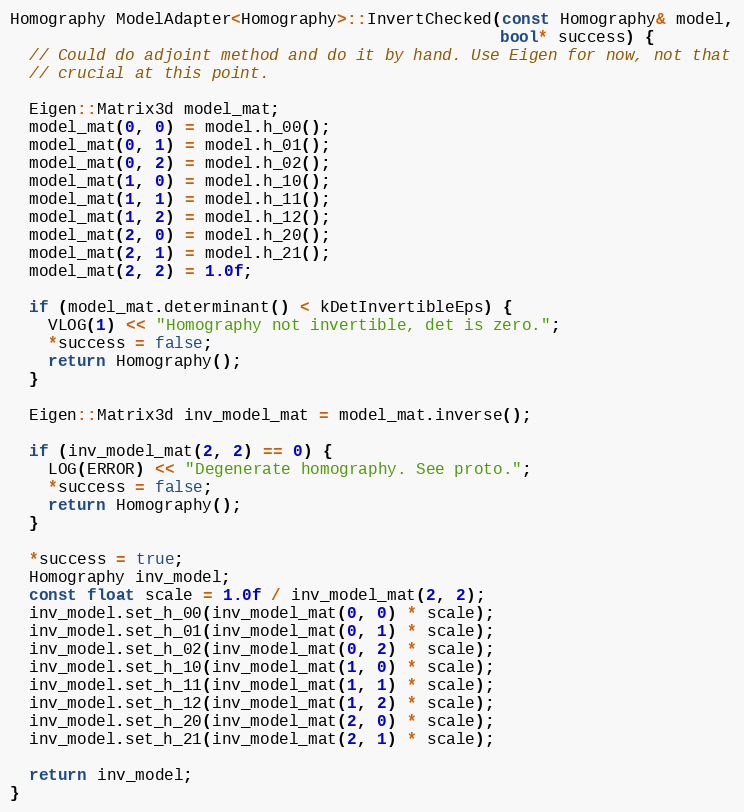
Language: C++
Homography ModelAdapter<Homography>::InvertChecked(const Homography& model,
                                                   bool* success) {
  // Could do adjoint method and do it by hand. Use Eigen for now, not that
  // crucial at this point.

  Eigen::Matrix3d model_mat;
  model_mat(0, 0) = model.h_00();
  model_mat(0, 1) = model.h_01();
  model_mat(0, 2) = model.h_02();
  model_mat(1, 0) = model.h_10();
  model_mat(1, 1) = model.h_11();
  model_mat(1, 2) = model.h_12();
  model_mat(2, 0) = model.h_20();
  model_mat(2, 1) = model.h_21();
  model_mat(2, 2) = 1.0f;

  if (model_mat.determinant() < kDetInvertibleEps) {
    VLOG(1) << "Homography not invertible, det is zero.";
    *success = false;
    return Homography();
  }

  Eigen::Matrix3d inv_model_mat = model_mat.inverse();

  if (inv_model_mat(2, 2) == 0) {
    LOG(ERROR) << "Degenerate homography. See proto.";
    *success = false;
    return Homography();
  }

  *success = true;
  Homography inv_model;
  const float scale = 1.0f / inv_model_mat(2, 2);
  inv_model.set_h_00(inv_model_mat(0, 0) * scale);
  inv_model.set_h_01(inv_model_mat(0, 1) * scale);
  inv_model.set_h_02(inv_model_mat(0, 2) * scale);
  inv_model.set_h_10(inv_model_mat(1, 0) * scale);
  inv_model.set_h_11(inv_model_mat(1, 1) * scale);
  inv_model.set_h_12(inv_model_mat(1, 2) * scale);
  inv_model.set_h_20(inv_model_mat(2, 0) * scale);
  inv_model.set_h_21(inv_model_mat(2, 1) * scale);

  return inv_model;
}